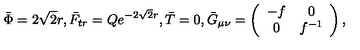
\bar { \Phi } = 2 \sqrt 2 r , \bar { F } _ { t r } = Q e ^ { - 2 \sqrt 2 r } , \bar { T } = 0 , { } \bar { G } _ { \mu \nu } = \left( \begin{array} { c c } { - f } & { 0 } \\ { 0 } & { f ^ { - 1 } } \\ \end{array} \right) ,